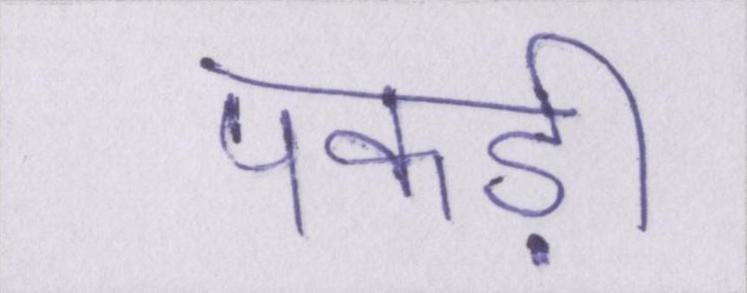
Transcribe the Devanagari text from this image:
पकड़ी